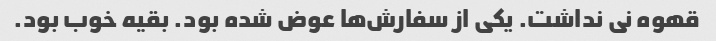
قهوه نی نداشت. یکی از سفارش‌ها عوض شده بود. بقیه خوب بود.